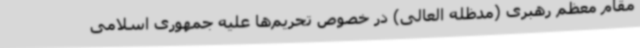
مقام معظم رهبری (مدظله العالی) در خصوص تحریم‌ها علیه جمهوری اسلامی